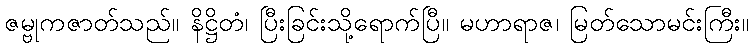
ဇမ္ဗုကဇာတ်သည်။ နိဋ္ဌိတံ၊ ပြီးခြင်းသို့ရောက်ပြီ။ မဟာရာဇ၊ မြတ်သောမင်းကြီး။